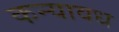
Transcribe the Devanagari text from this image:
कन्यावध